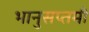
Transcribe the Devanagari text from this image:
भानुसप्तमी